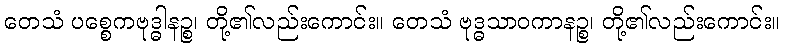
တေသံ ပစ္စေကဗုဒ္ဓါနဉ္စ၊ တို့၏လည်းကောင်း။ တေသံ ဗုဒ္ဓသာဝကာနဉ္စ၊ တို့၏လည်းကောင်း။